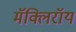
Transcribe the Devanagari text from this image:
मॅक्लिरॉय